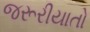
જરૂરીયાતો